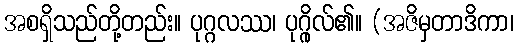
အစရှိသည်တို့တည်း။ ပုဂ္ဂလဿ၊ ပုဂ္ဂိုလ်၏။ (အဇိမှတာဒိကာ၊